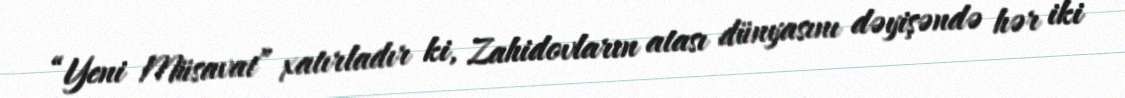
“Yeni Müsavat” xatırladır ki, Zahidovların atası dünyasını dəyişəndə hər iki